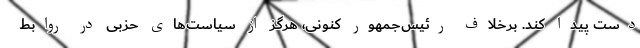
دست پیدا کند. برخلاف رئیس‌جمهور کنونی، هرگز از سیاست‌های حزبی در روابط